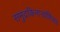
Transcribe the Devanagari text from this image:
समुद्रकिनार्‍यांशिवाय